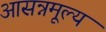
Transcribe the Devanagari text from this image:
आसन्नमूल्य